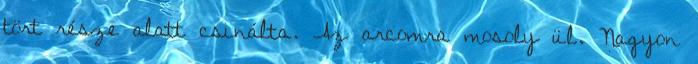
tört része alatt csinálta. Az arcomra mosoly ül. Nagyon